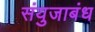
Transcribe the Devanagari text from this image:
संयुजाबंध